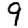
Digit: 9